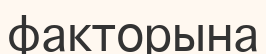
факторына